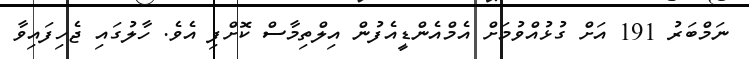
ނަމްބަރު 191 އަށް ގުޅުއްވުމަށް އެމްއެންޑީއެފުން އިލްތިމާސް ކޮށްފި އެވެ. ހާލުގައި ޖެހިފައިވާ